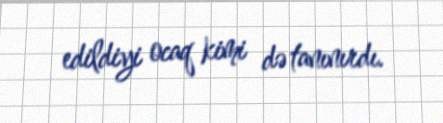
edildiyi ocaq kimi də tanınırdı.